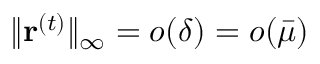
\| \mathbf { r } ^ { ( t ) } \| _ { \infty } = o ( \delta ) = o ( \bar { \mu } )